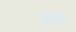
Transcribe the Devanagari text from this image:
स्रुति